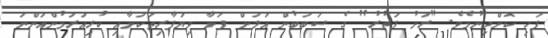
ފަހި ކޮށްދިނުމެވެ. "ރަށު ފަތުރު" ގެ ސަބަބުން އަލަށް ފަށާ ވިޔަފާރިތަކަށާއި ކުރިއަރަމުންއަންނަ